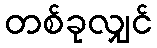
တစ်ခုလျှင်